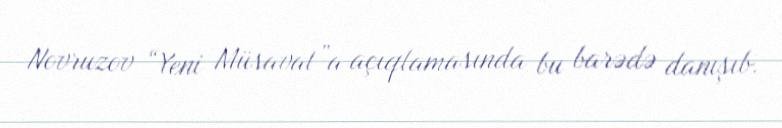
Novruzov “Yeni Müsavat”a açıqlamasında bu barədə danışıb.